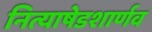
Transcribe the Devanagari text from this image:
नित्याषेडशार्णव